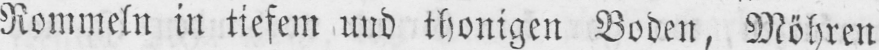
Rommeln in tiefem und thonigen Boden, Möhren